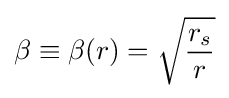
\beta \equiv \beta (r)={\sqrt {r_{s} \over r}}